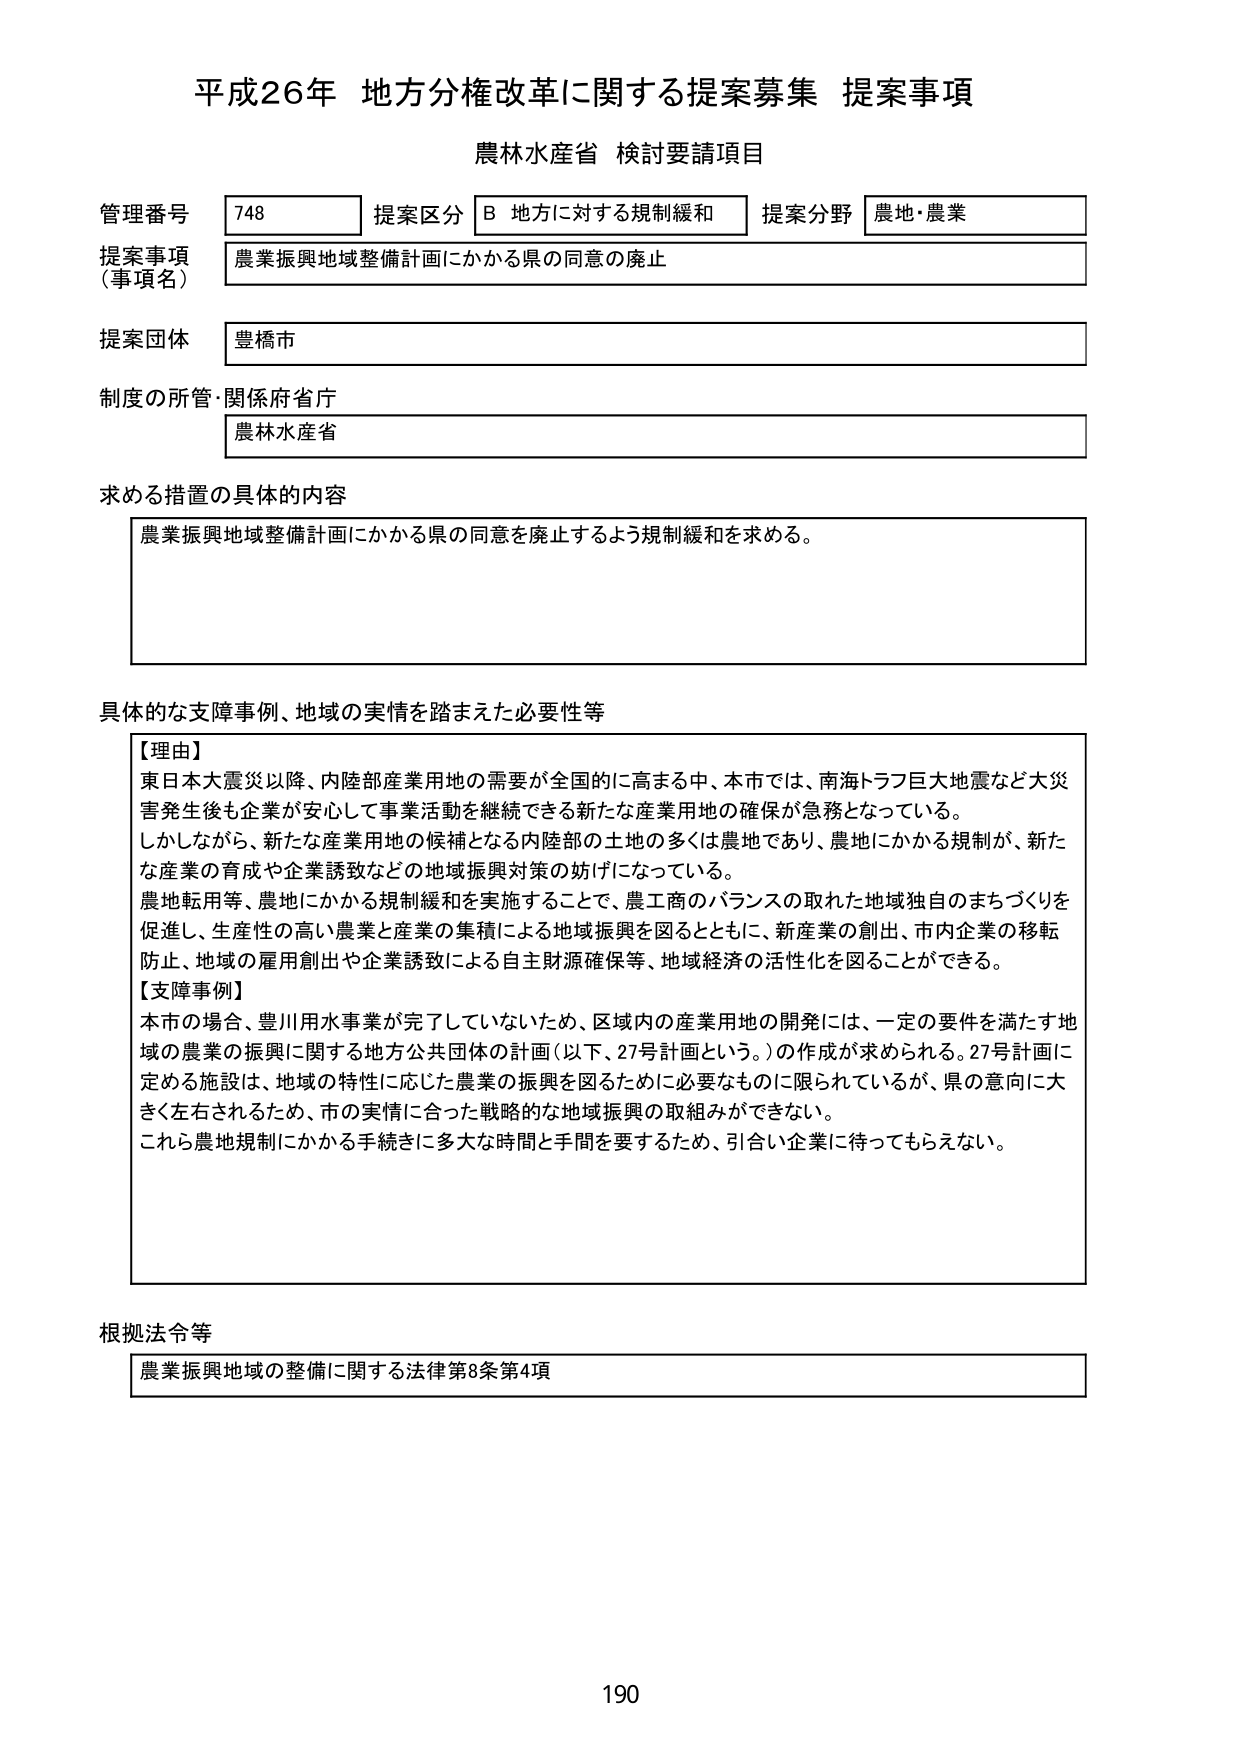
平成26年 地方分権改革に関する提案募集 提案事項
農林水産省 検討要請項目

管理番号 748 提案区分 B 地方に対する規制緩和 提案分野 農地・農業
提案事項（事項名） 農業振興地域整備計画にかかる県の同意の廃止
提案団体 豊橋市
制度の所管・関係府省庁 農林水産省

求める措置の具体的内容
農業振興地域整備計画にかかる県の同意を廃止するよう規制緩和を求める。

具体的な支障事例、地域の実情を踏まえた必要性等
【理由】
東日本大震災以降、内陸部産業用地の需要が全国的に高まる中、本市では、南海トラフ巨大地震など大災害発生後も企業が安心して事業活動を継続できる新たな産業用地の確保が急務となっている。
しかしながら、新たな産業用地の候補となる内陸部の土地の多くは農地であり、農地にかかる規制が、新たな産業の育成や企業誘致などの地域振興対策の妨げになっている。
農地転用等、農地にかかる規制緩和を実施することで、農工商のバランスの取れた地域独自のまちづくりを促進し、生産性の高い農業と産業の集積による地域振興を図るとともに、新産業の創出、市内企業の移転防止、地域の雇用創出や企業誘致による自主財源確保等、地域経済の活性化を図ることができる。
【支障事例】
本市の場合、豊川用水事業が完了していないため、区域内の産業用地の開発には、一定の要件を満たす地域の農業の振興に関する地方公共団体の計画（以下、27号計画という。）の作成が求められる。27号計画に定める施設は、地域の特性に応じた農業の振興を図るために必要なものに限られているが、県の意向に大きく左右されるため、市の実情に合った戦略的な地域振興の取組みができない。
これら農地規制にかかる手続きに多大な時間と手間を要するため、引合い企業に待ってもらえない。

根拠法令等
農業振興地域の整備に関する法律第8条第4項

190